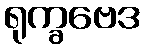
ရုက္ခဗေဒ